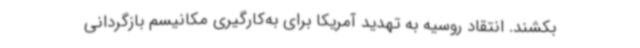
بکشند. انتقاد روسیه به تهدید آمریکا برای به‌کارگیری مکانیسم بازگردانی